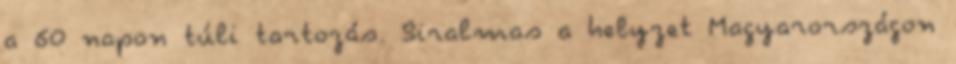
a 60 napon túli tartozás. Siralmas a helyzet Magyarországon